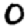
Digit: 0